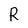
Character: R